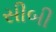
સીબી